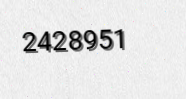
2428951